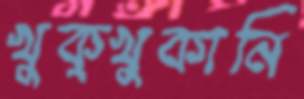
খুক্‌খুকানি